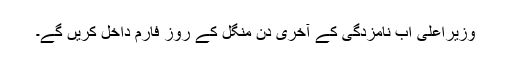
وزیراعلیٰ اب نامزدگی کے آخری دن منگل کے روز فارم داخل کریں گے۔